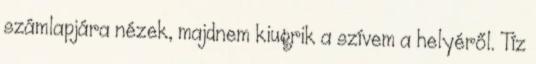
számlapjára nézek, majdnem kiugrik a szívem a helyéről. Tíz